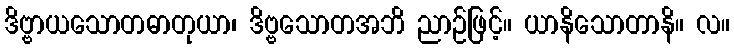
ဒိဗ္ဗာယသောတဓာတုယာ၊ ဒိဗ္ဗသောတအဘိ ညာဉ်ဖြင့်။ ယာနိသောတာနိ။ လ။